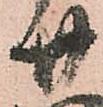
廿